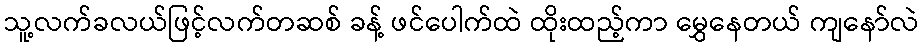
သူ့လက်ခလယ်ဖြင့်လက်တဆစ် ခန့် ဖင်ပေါက်ထဲ ထိုးထည့်ကာ မွှေနေတယ် ကျနော်လဲ